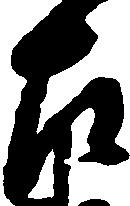
左